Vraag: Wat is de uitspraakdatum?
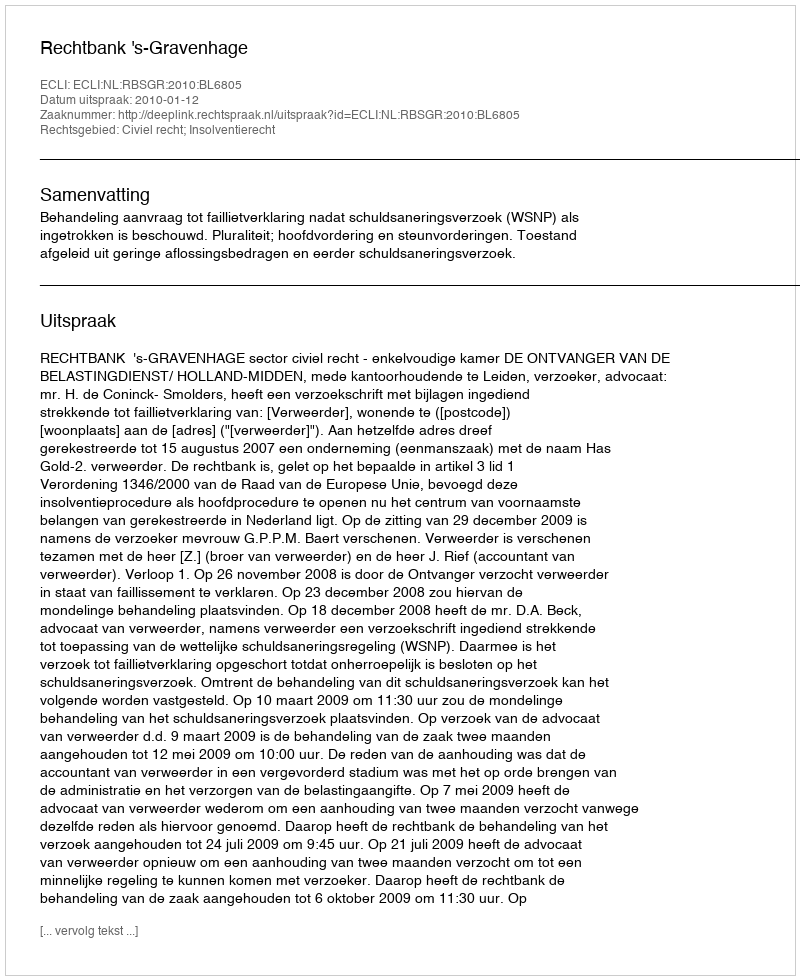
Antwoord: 2010-01-12